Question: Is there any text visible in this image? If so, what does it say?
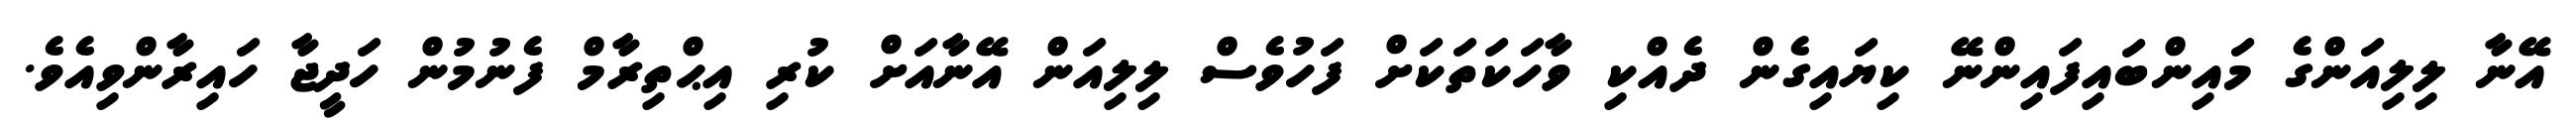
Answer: އޭނާ ލިލިއަންގެ މައިންބައިފައިންނޭ ކިޔައިގެން ދެއްކި ވާހަކަތަކަށް ފަހުވެސް ލިލިއަން އޭނާއަށް ކުރި އިޙްތިރާމް ފެނުމުން ހަދީޖާ ހައިރާންވިއެވެ.